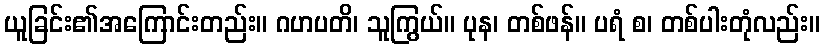
ယူခြင်း၏အကြောင်းတည်း။ ဂဟပတိ၊ သူကြွယ်။ ပုန၊ တစ်ဖန်။ ပရံ စ၊ တစ်ပါးတုံလည်း။